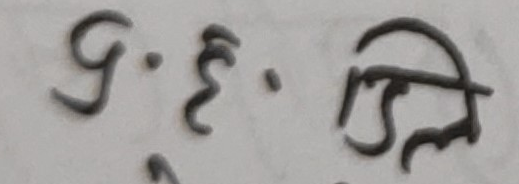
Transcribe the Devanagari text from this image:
१.३. लि